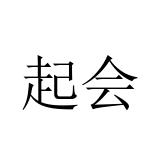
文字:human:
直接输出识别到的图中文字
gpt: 起会